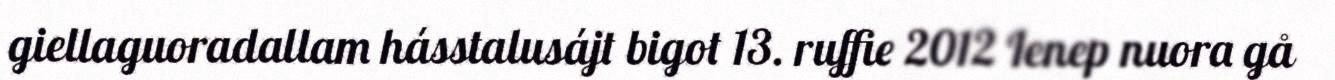
giellaguoradallam hásstalusájt bigot 13. ruffie 2012 Ienep nuora gå